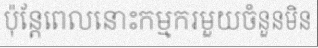
ប៉ុន្តែពេលនោះកម្មករមួយចំនួនមិន